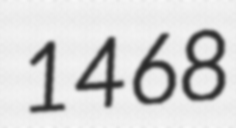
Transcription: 1468